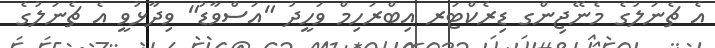
އެ ޗެނަލުގެ މެނޭޖިންގ ޑިރެކްޓަރ އިބްރަހިމް ވަހީދު "އަސްވާޑު" ވިދާޅުވީ އެ ޗެނަލުގެ